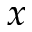
x